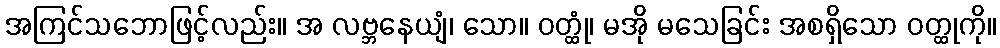
အကြင်သဘောဖြင့်လည်း။ အ လဗ္ဘနေယျံ၊ သော။ ဝတ္ထုံ၊ မအို မသေခြင်း အစရှိသော ဝတ္ထုကို။